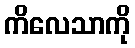
ကိလေသာကို